Civil Veterinary Dept. North-West Frontier Province 1901-22 - 1901-1922
Year: 1901
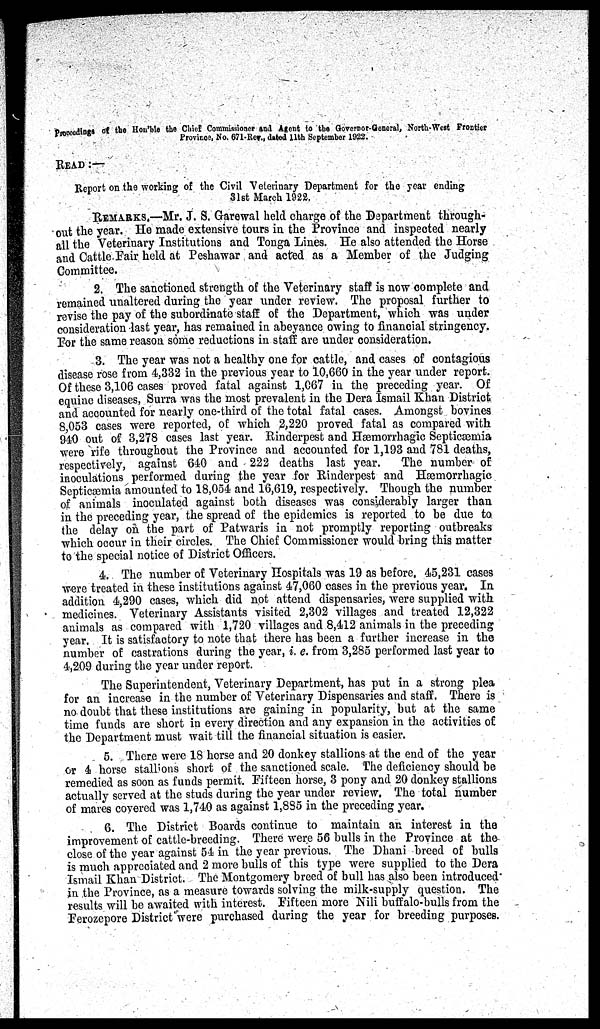
Proccedings of the Hon'ble the Chief Commissioner and Agent to the Governor-General, North-West Frontier
Province, No. 671-Rev., dated 11th September 1922.
READ:—
Report on the working of the Civil Veterinary Department for the year ending
31st March 1922.
REMARKS.—Mr. J. S. Garewal held charge of the Department through-
out the year. He made extensive tours in the Province and inspected nearly
all the Veterinary Institutions and Tonga Lines. He also attended the Horse
and Cattle. Fair held at Peshawar and acted as a Member of the Judging
Committee.
2. The sanctioned strength of the Veterinary staff is now complete and
remained unaltered during the year under review. The proposal further to
revise the pay of the subordinate staff of the Department, which was under
consideration last year, has remained in abeyance owing to financial stringency.
For the same reason some reductions in staff are under consideration.
3. The year was not a healthy one for cattle, and cases of contagious
disease rose from 4,332 in the previous year to 10,660 in the year under report.
Of these 3,106 cases proved fatal against 1,067 in the preceding year. Of
equine diseases, Surra was the most prevalent in the Dera Ismail Khan District
and accounted for nearly one-third of the total fatal cases. Amongst bovines
8,053 cases were reported, of which 2,220 proved fatal as compared with
940 out of 3,278 cases last year. Rinderpest and Hæmorrhagic Septicæmia
were rifo throughout the Province and accounted for 1,193 and 781 deaths,
respectively, against 640 and 222 deaths last year.
The number of
inoculations performed during the year for Rinderpest and Hæmorrhagic
Septicæmia amounted to 18,054 and 16,619, respectively. Though the number
of animals inoculated against both diseases was considerably larger than
in the preceding year, the spread of the epidemics is reported to be due to
the delay on the part of Patwaris in not promptly reporting outbreaks
which occur in their circles. The Chief Commissioner would bring this matter
to the special notice of District Officers.
4. The number of Veterinary Hospitals was 19 as before. 45,231 cases
were treated in these institutions against 47,060 cases in the previous year. In
addition 4,290 cases, which did not attend dispensaries, were supplied with
medicines. Veterinary Assistants visited 2,302 villages and treated 12,322
animals as compared with 1,720 villages and 8,412 animals in the preceding
year. It is satisfactory to note that there has been a further increase in the
number of castrations during the year, i. e. from 3,285 performed last year to
4,209 during the year under report.
The Superintendent, Veterinary Department, has put in a strong plea
for an increase in the number of Veterinary Dispensaries and staff. There is
no doubt that these institutions are gaining in popularity, but at the same
time funds are short in every direction and any expansion in the activities of
the Department must wait till the financial situation is easier.
5. There were 18 horse and 20 donkey stallions at the end of the year
or 4 horse stallions short of the sanctioned scale. The deficiency should be
remedied as soon as funds permit. Fifteen horse, 3 pony and 20 donkey stallions
actually served at the studs during the year under review. The total number
of mares covered was 1,740 as against 1,885 in the preceding year.
6. The District Boards continue to maintain an interest in the
improvement of cattle-breeding. There were 56 bulls in the Province at the
close of the year against 54 in the year previous. The Dhani breed of bulls
is much appreciated and 2 more bulls of this type were supplied to the Dera
Ismail Khan District. The Montgomery breed of bull has also been introduced
in the Province, as a measure towards solving the milk-supply question. The
results will be awaited with interest. Fifteen more Nili buffalo-bulls from the
Ferozepore District were purchased during the year for breeding purposes.